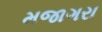
મજાગરા